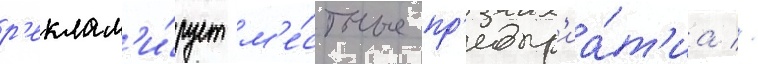
р'еклам'и́рует м'е́стные пр'едпр'иа́т'иа //